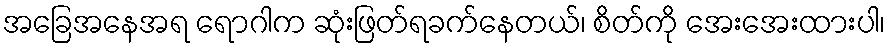
အခြေအနေအရ ရောဂါက ဆုံးဖြတ်ရခက်နေတယ်၊ စိတ်ကို အေးအေးထားပါ၊